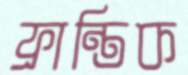
ফ্রান্তিক